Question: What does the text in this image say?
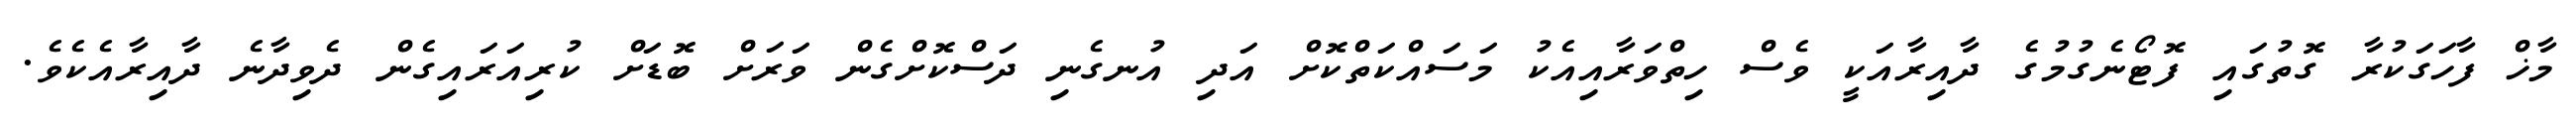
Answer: މާޚް ފާހަގަކުރާ ގޮތުގައި ފޮޓޯނެގުމުގެ ދާއިރާއަކީ ވެސް ހިތްވަރާއިއެކު މަސައްކަތްކޮށް އަދި އުނގެނި ދަސްކޮށްގެން ވަރަށް ބޮޑަށް ކުރިއަރައިގެން ދެވިދާނެ ދާއިރާއެކެވެ.